Report of the Municipal Commissioner on the plague in Bombay for the year ending 31st May... - Volume 1
Disease focus: Plague
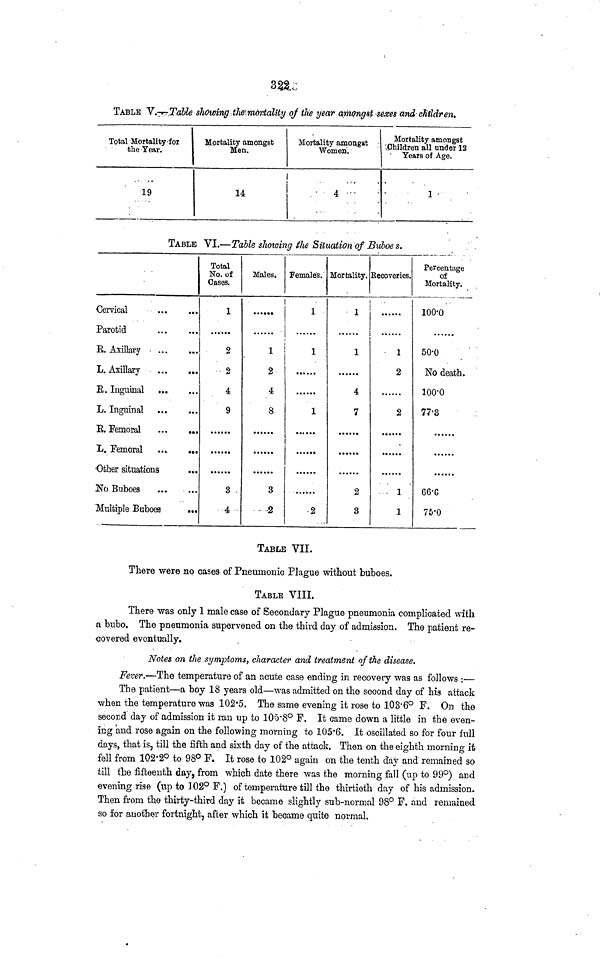
322
TABLE V.—Table showing .the montality of tlie year amqngzt sexes and children.
Total Mortality-for
the Year.
19
Mortality amongst
Men.
14
Mortality amongst
Women.
4
Mortality amongst
Children all under 12
Years of Age.
TABLE VI.—Table showing tlie Situation of Buloe s.
Cervical
Parotid
...
...
E. Axillary
L. Axillary
E. Inguinal
L. Inguinal
E. Eemoral
L. Femoral ....
...
Other situations
Uo Buboes
Multiple Buboes
...
Total
No. of
Gases.
1
2
2
4
9
3
4
Males.
..«••.
1
2
4
8
3
2
Females.
1
1
1
2
Mortality.
1
1
4
7
2
3
Recoveries.
1
2
2
1
1
Percentage
of
Mortality.
100-0
50-0
No death.
lOO'O
77-3
66-G
75-0
TABLE VII.
There were no cases of Pneumonic Plague without buboes.
TABLE VIII.
There was only 1 male case of Secondary Plague pneumonia complicated with
a bubo. The pneumonia supervened on the third day of admission. The patient re-
covered eventually.
Notes on the symptoms, character and treatment of the disease.
Fever.—The temperature of an acute case ending in recovery was as follows :—
The patient—a boy 18 years old—was admitted on the second day of his attack
when the temperature was 102'5. The same evening it rose to 103.6° F. On the
second day of admission it ran up to 105-8° F. It came down a little in the even-
ing and rose again on the following morning to 105.6. It oscillated so for four full
days, that is, till the fifth and sixth day of the attack. Then on the eighth morning it
fell from 102.2° to 98° F. It rose to 102° again on the tenth day and remained so
till the fifteenth day, from which date there was the morning fall (up to 99°) and
evening rise (up to 102° F.) of temperature till the thirtieth day of his admission.
Then from the thirty-third day it became slightly sub-normal 98° F. and remained
so for another fortnight, after which it became quite normal.